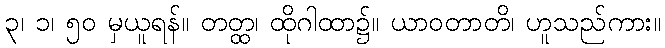
၃၊ ၁၊ ၅၀ မှယူရန်။ တတ္ထ၊ ထိုဂါထာ၌။ ယာဝတာတိ၊ ဟူသည်ကား။